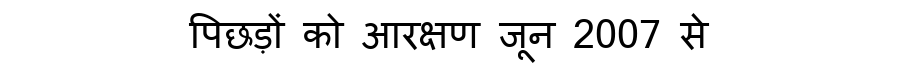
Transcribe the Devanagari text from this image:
पिछड़ों को आरक्षण जून 2007 से